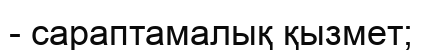
- сараптамалық қызмет;